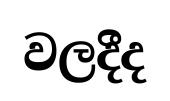
වලදීද